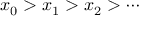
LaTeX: x _ { 0 } > x _ { 1 } > x _ { 2 } > \cdots